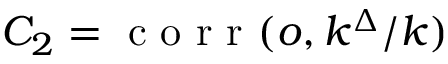
C _ { 2 } = \mathrm { ~ c ~ o ~ r ~ r ~ } ( o , k ^ { \Delta } / k )